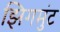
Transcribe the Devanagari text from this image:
झिगमुंट